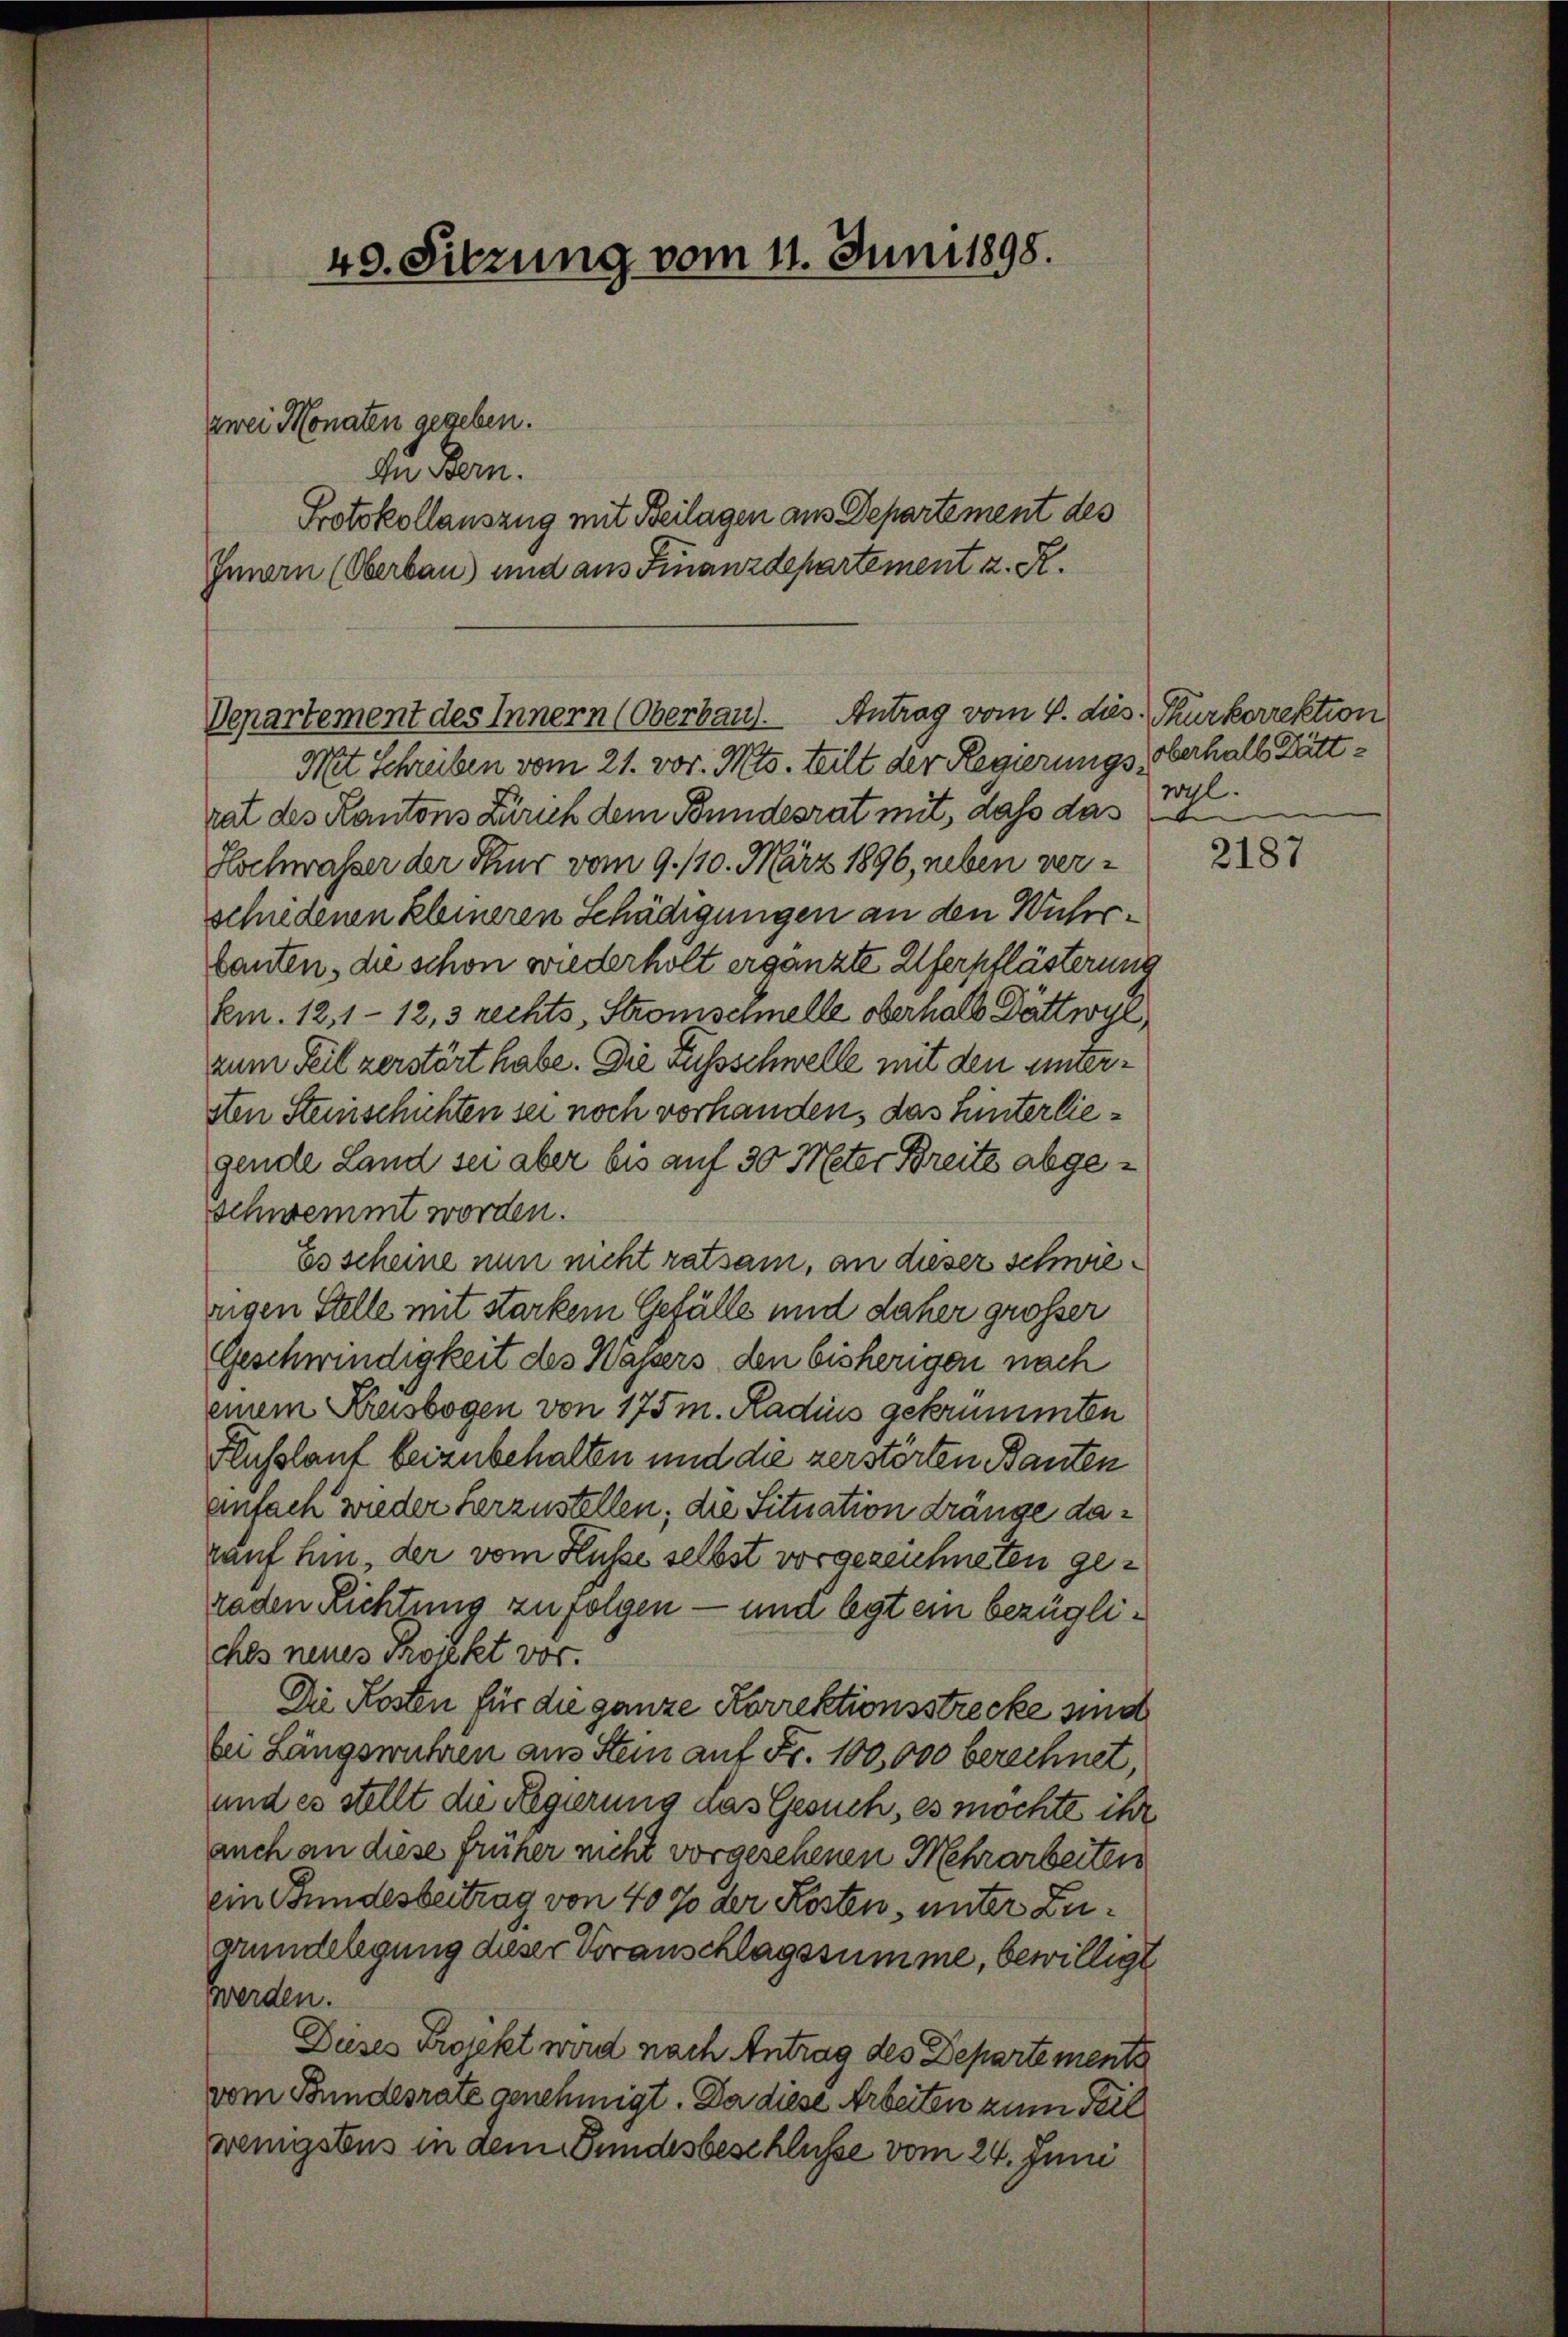
40. Sitzung vom 11. Juni 1898.

zwei Monaten gegeben.
In Bern.

Protokollauszug mit Beilagen aus Departement des
Innern (Oberbau) und aus Finanzdepartement z. R.

Vepartement des Innern (Oberbau).

Mit Schreiben vom 21. vor. Mts. teilt der Regierungs-Verhalb Dättrat des Kantons Zürich dem Bundesrat mit, dass das
Hochwasser der Thur vom 9. 110. März 1896, neben ver-
schiedenen kleineren Schädigungen an den Wuhrtauten, die schon wiederholt ergänzte Uferpflästerung
Em. 12, 1 - 12, 3 rechts, Stromschnelle oberhalb Dättwyl,
zum Teil zerstört habe. Die Fussschwelle mit den untersten Steinschichten sei noch vorhanden, das Hinterliegende Land sei aber bis auf 30 Meter Breits abgeschwemmt worden.
Es scheine nun nicht ratsam, an dieser schwieweigen Stelle mit starkem Gefälle und daher grösser
Geschwindigkeit des Wassers den bisherigen nach
einem Kresbogen von 175 m. Radius gekrummten
Flusslauf beizubehalten und die zerstörten Bauten
einfach wieder herzustellen; die Situation dränge darauf hin, der vom Küsse selbst vorgezeichneten geraden Richtung zufolgen — und legt ein bezügliches neues Projekt vor.
Die Kosten für die ganze Korrektionsstrecke sind
bei Längswuhren aus Stein auf Fr. 100,000 berechnet,
und es stellt die Regierung das Gesuch, es möchte ihr
auch an diese früher nicht vorgesehenen Mehrarbeiten
ein Bundesbeitrag von 40% der Kosten, unter Zugrundelegung dieser Voranschlagssumme, bewilligt
werden.
Dieses Projekt wird nach Antrag des Departements
vom Bundesrate genehmigt. Da diese Arbeiten zum Teil
wenigstens in dem Bundesbeschlüsse vom 24. Juni

Antrag vom 4. dies. Thurkorrektion
Ml.

2187